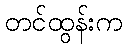
တင်ထွန်းက